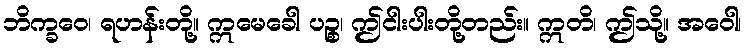
ဘိက္ခဝေ၊ ရဟန်းတို့။ ဣမေခေါ ပဉ္စ၊ ဤငါးပါးတို့တည်း။ ဣတိ၊ ဤသို့။ အဝေါ၊